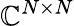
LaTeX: \mathbb{C}^{N\times N}